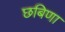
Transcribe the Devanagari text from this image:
छबिणा